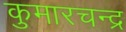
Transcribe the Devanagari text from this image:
कुमारचन्द्र